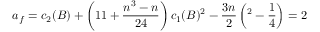
a _ { f } = c _ { 2 } ( B ) + \left( 1 1 + \frac { n ^ { 3 } - n } { 2 4 } \right) c _ { 1 } ( B ) ^ { 2 } - \frac { 3 n } { 2 \l } \left( \l ^ { 2 } - \frac { 1 } { 4 } \right) = 2